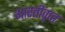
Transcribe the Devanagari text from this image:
भारतीकृत